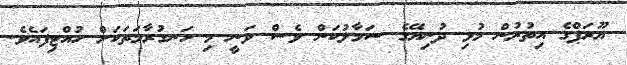
ޔޫރަޕްގެ އިތުރުން މުޅި ދުނިޔޭގެ ސަމާލުކަން ވެސް ވަނީ މި ހަނގުރާމަތަކަށް ހުއްޓިފައެވެ.